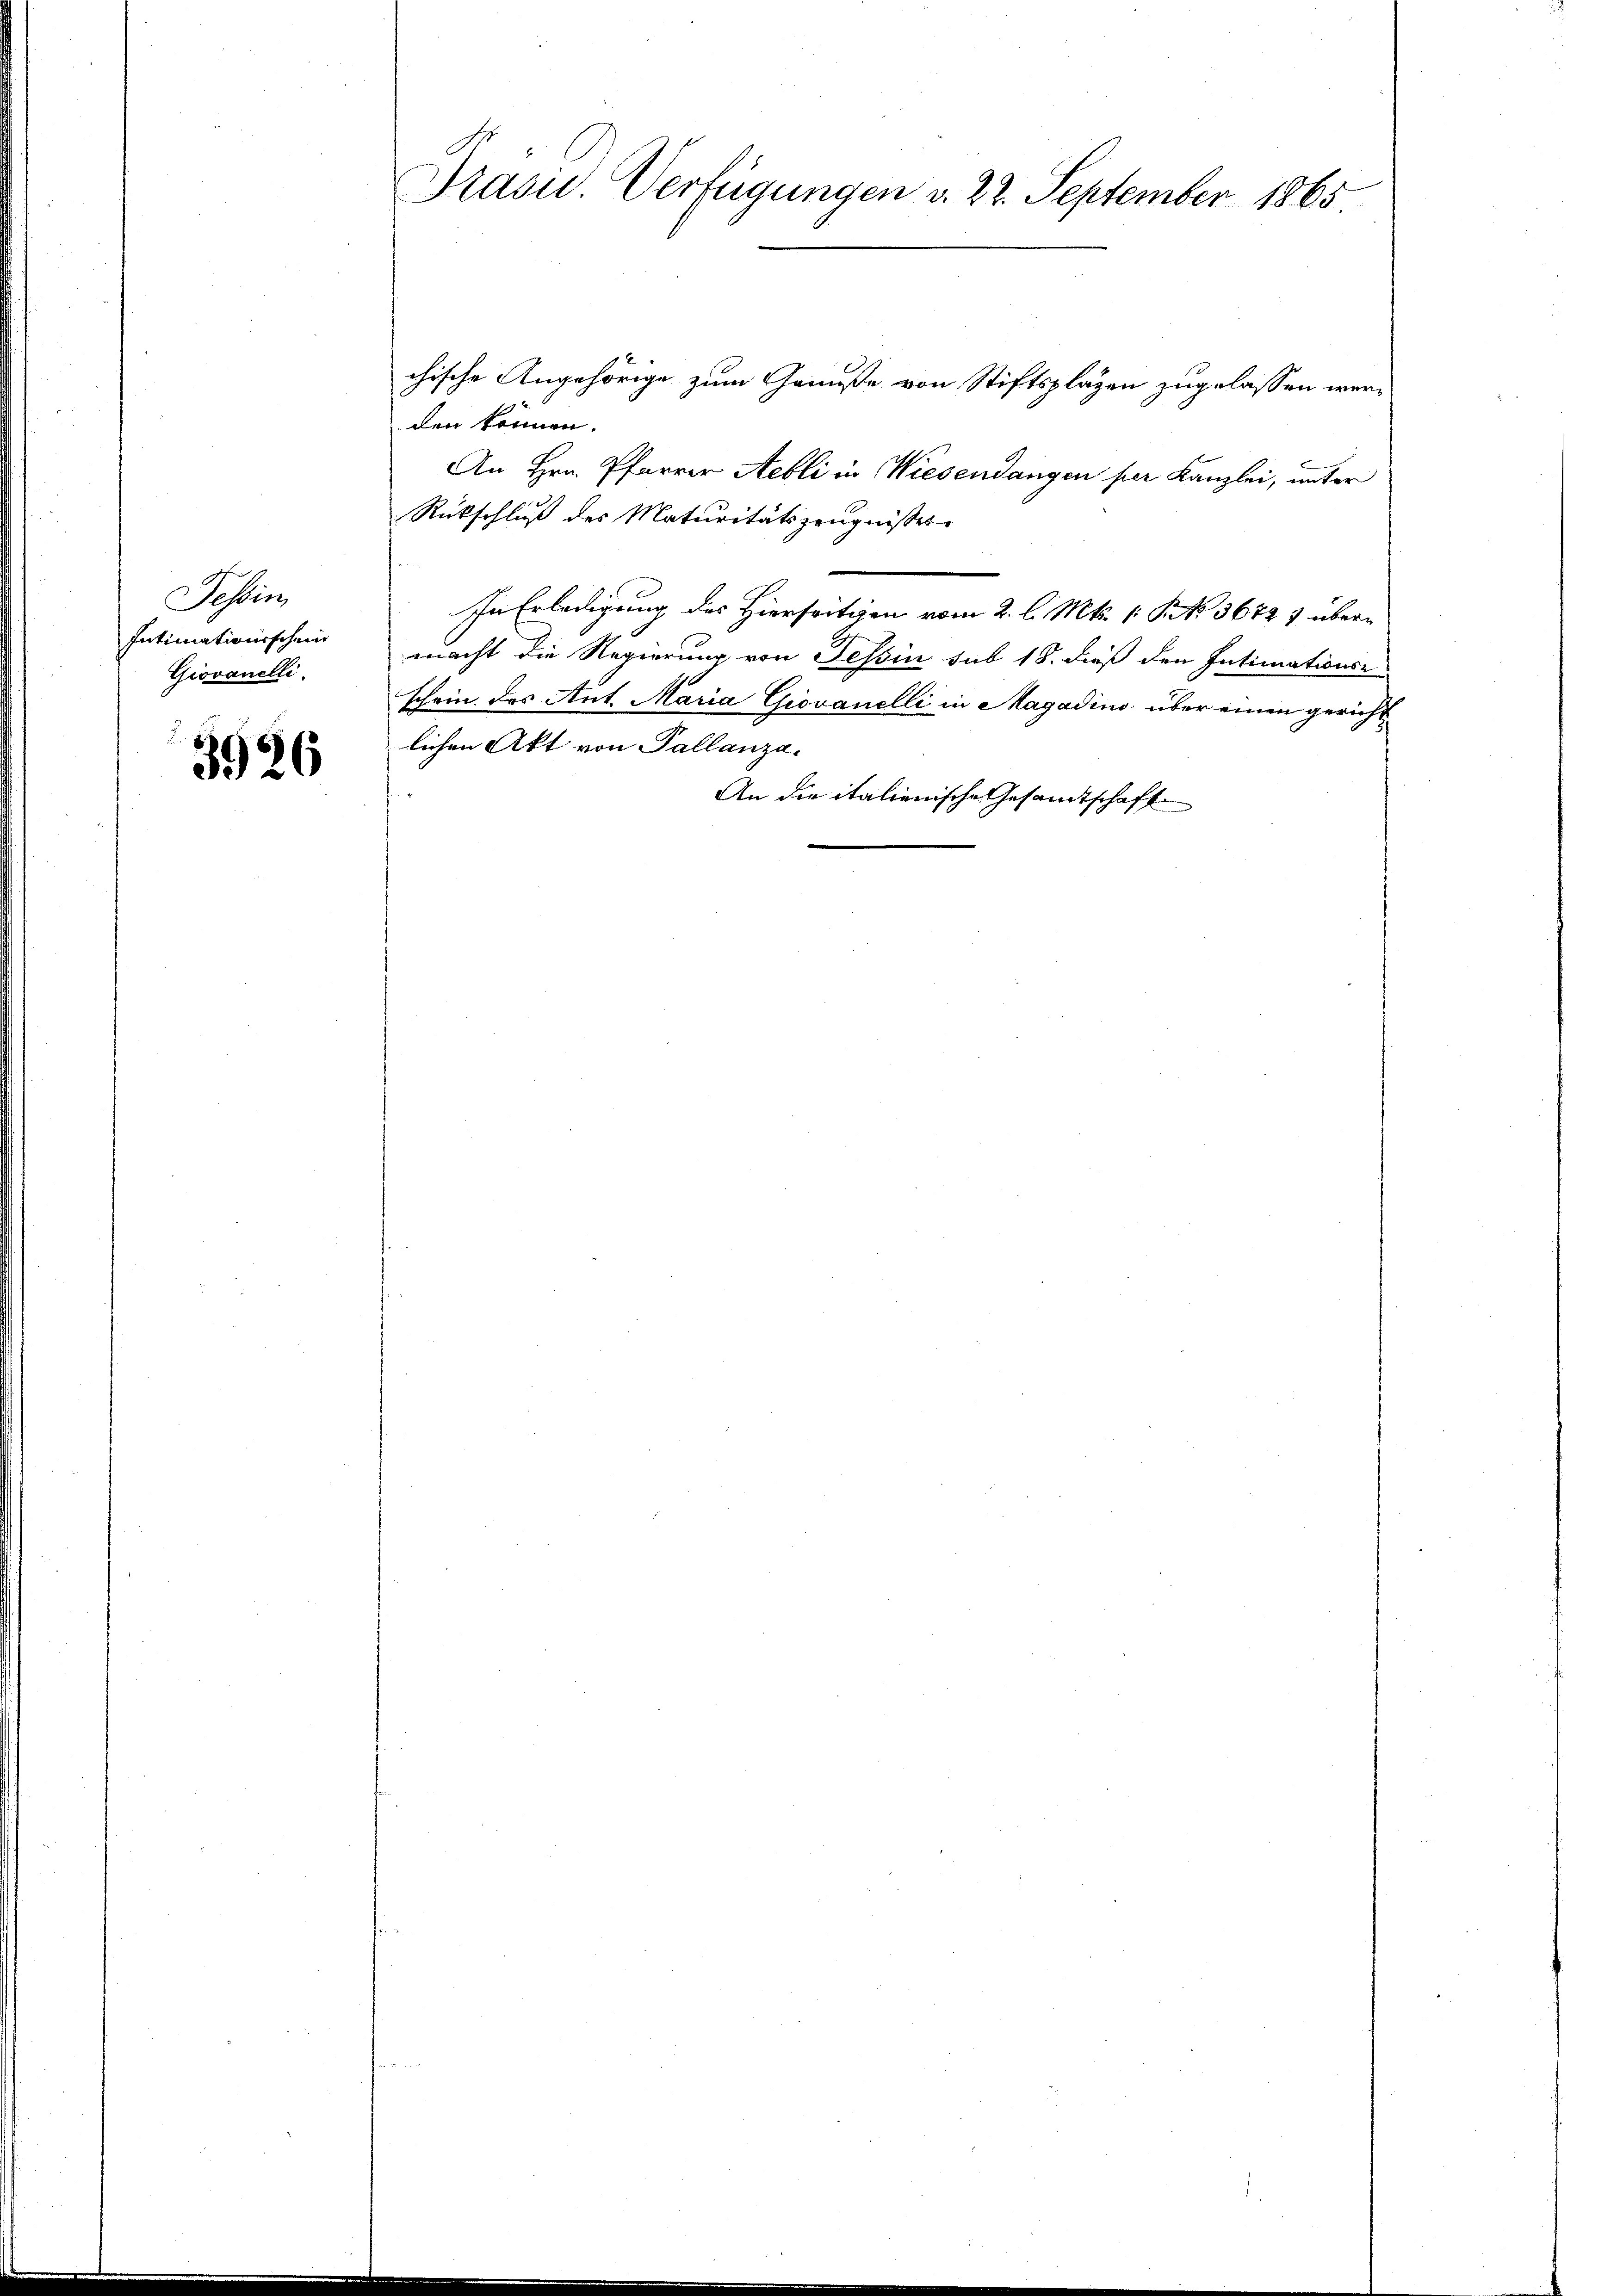
Tessin
Intimationsschein
Giovanelli

3926

chische Angehörige zum Genüsse von Stiftsplagen zugelassen werden können.
An Hrn. Pfarrer Aebli in Wiesendangen per Kanzlei, unter
Rückschluß des Maturitätszeugnisses
In Erledigung des Hierseitigen vom 2. l. Mts. 1 Pkt. 3672 & übermacht die Regierung von Tessin sub 18. dieß den Intimationse
schein des Ant. Maria Giovanelli in Magadino über einen gerichtlichen Akt von Pallanza.
An die italienische Gesamtschaft

Präsid. Verfügungen v. 22. September 1865